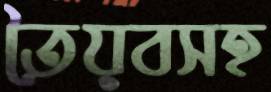
তৈয়বসহ